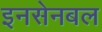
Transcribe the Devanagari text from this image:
इनसेनबल